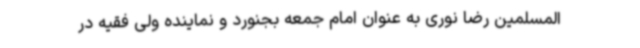
المسلمین رضا نوری به عنوان امام جمعه بجنورد و نماینده ولی فقیه در